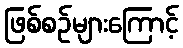
ဖြစ်စဉ်များကြောင့်